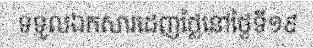
ទទួលឯកសារដេញថ្លៃនៅថ្ងៃទី១៩